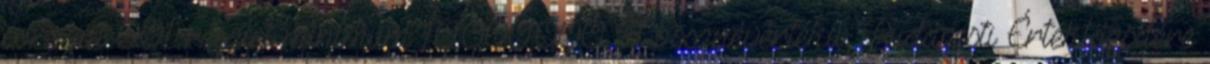
sorozat 001 részlet minimum 10.000.000 Ft össznévértékű, Budapesti Értéktőzsdére